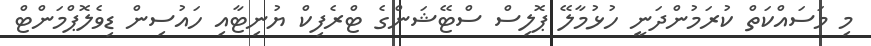
މި މަސައްކަތް ކުރަމުންދަނީ ހުޅުމާލޭ ޕޮލިސް ސްޓޭޝަންގެ ޓްރެފިކް ޔުނިޓާއި ހައުސިން ޑިވެލޮޕްމަންޓް